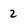
Character: 2